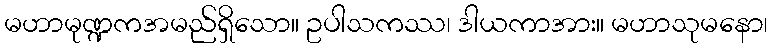
မဟာမုဏ္ဍကအမည်ရှိသော။ ဥပါသကဿ၊ ဒါယကာအား။ မဟာသုမနော၊